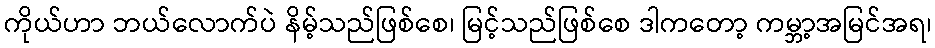
ကိုယ်ဟာ ဘယ်လောက်ပဲ နိမ့်သည်ဖြစ်စေ၊ မြင့်သည်ဖြစ်စေ ဒါကတော့ ကမ္ဘာ့အမြင်အရ၊